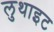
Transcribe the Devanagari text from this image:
लुथाइट